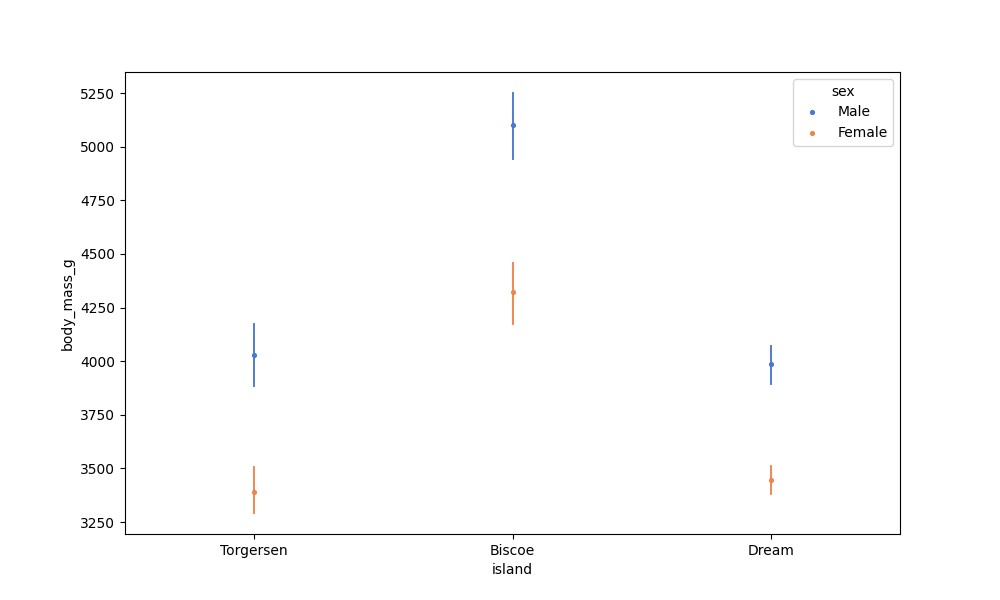
python, seaborn, pointplot, scale=0.5, join=False, hue='sex', palette='muted'